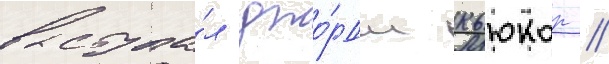
выступа́л джо́рдж кьюкор //